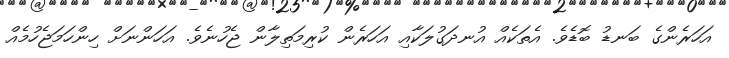
އަހަރެންގެ ބަނޑު ބޮޑެވެ. އެތަކެއް އުނދަގުލަކާއި އަހަރެން ކުރިމަތިލާން ޖެހުނެވެ. އަހަންނަށް ހިންހަމަޖެހުމެއް